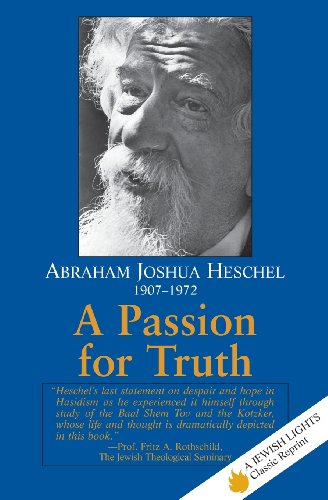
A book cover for A Passion for Truth (Jewish Lights Classic Reprint); Abraham Joshua Heschel; Religion & Spirituality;